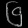
Digit: ၆